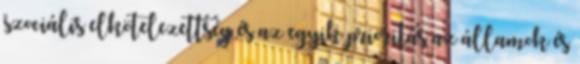
szociális elkötelezettség és az egyik prioritás az államok és